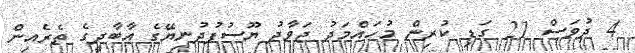
4 ދުވަސް 21 ގަޑި ކުރިން މުހައްމަދު ޖަވާދު ޔޫސުފުދުނިޔޭގެ އާބާދީގެ ތެރެއިން